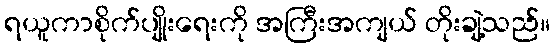
ရယူကာစိုက်ပျိုးရေးကို အကြီးအကျယ် တိုးချဲ့သည်။